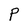
Character: P